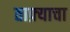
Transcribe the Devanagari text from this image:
ताफ़्याचा